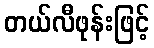
တယ်လီဖုန်းဖြင့်